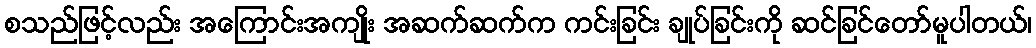
စသည်ဖြင့်လည်း အကြောင်းအကျိုး အဆက်ဆက်က ကင်းခြင်း ချုပ်ခြင်းကို ဆင်ခြင်တော်မူပါတယ်၊